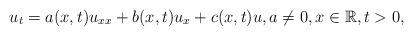
LaTeX: \begin{align*}u_t=a(x,t)u_{xx}+b(x,t)u_x+c(x,t)u, a\ne 0,x\in \mathbb{R}, t>0,\end{align*}